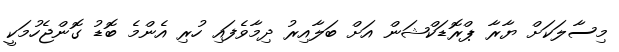
މިސާލަކަށް ޔާރާ ޕްރޮޑަކްޝަން އަށް ބަލާއިރު ދިމާވެފައި ހުރި އެންމެ ބޮޑު ގޮންޖެހުމަކީ